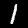
Label: 1